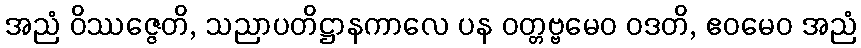
အညံ ဝိဿဇ္ဇေတိ, သညာပတိဋ္ဌာနကာလေ ပန ဝတ္တဗ္ဗမေဝ ဝဒတိ, ဧဝမေဝ အညံ